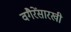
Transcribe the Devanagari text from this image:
वगैरेंसारखी